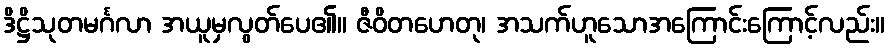
ဒိဋ္ဌိသုတမင်္ဂလာ အယူမှလွတ်ပေ၏။ ဇီဝိတဟေတု၊ အသက်ဟူသောအကြောင်းကြောင့်လည်း။